Vaccination report Assam 1896-1927 - 1896-1927
Year: 1896
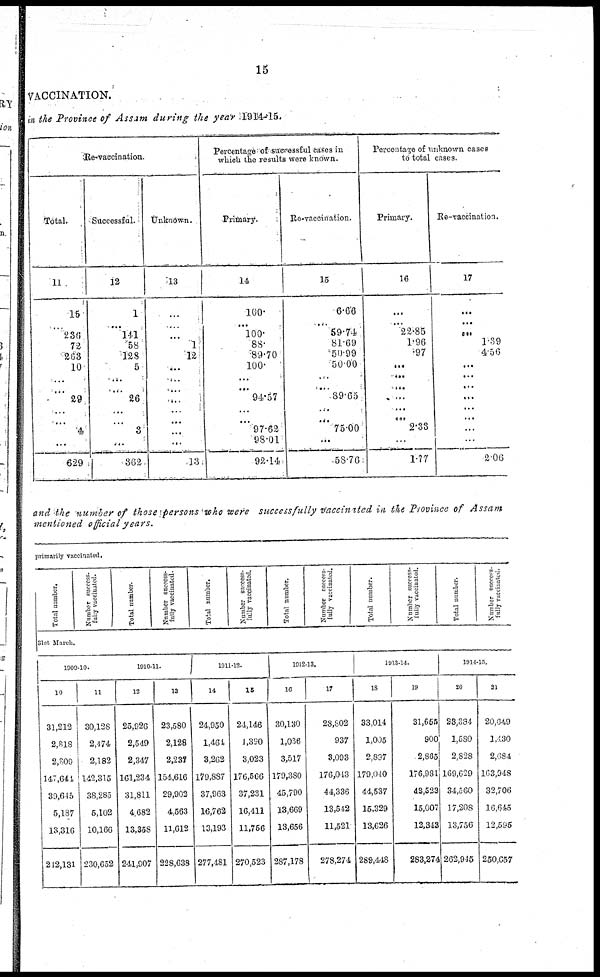
15
VACCINATION.
in the Province of Assam during the year 1914-15.
Re-vaccination.
Total.
11
15
...
236
72
263
10
...
...
29
...
...
4
...
629
Successful.
12
1
...
141
58
128
5
...
...
26
...
...
3
...
362
Unknown.
13
...
...
...
1
12
...
...
...
...
...
...
...
...
13
Percentage of successful Cases in
which the results were known.
Primary.
14
100.
...
100.
88.
89.70
100.
...
...
94.57
...
...
97.62
98.01
92.14
Re-vaccination.
15
6.66
...
59.74
81.69
50.99
50.00
...
...
89.65
...
...
75.00
...
58.76
Percentage of unknown cases
to total cases.
Primary.
16
...
...
22.85
1.96
.97
...
...
...
...
...
...
2.33
...
1.77
Re-vaccination.
17
...
...
...
1.39
4.56
...
...
...
...
...
...
...
...
2.06
and the number of those persons who were successfully vaccinated in the Province of Assam
mentioned official years.
primarily vaccinated.
Total number.
Number success-
fully vaccinated.
Total number.
Number success-
fully vaccinated.
Total number.
Number success-
fully vaccinated.
Total number.
Number success-
fully vaccinated.
Total number.
Number success-
fully vaccinated.
Total number.
Number success-
fully vaccinated.
31st March.
1909-10.
10
31,212
2,818
2,309
147,641
30,645
6,187
13,316
212,131
11
30,128
2,474
2,182
142,315
38,285
5,102
10,166
230,652
1910-11.
12
25,926
2,549
2,347
161,234
31,811
4,682
13,358
241,907
13
23,580
2,128
2,237
154,616
29,902
4,563
11,612
228,638
1911-12.
14
24,950
1,464
3,262
179,887
37,963
16,762
13,193
277,481
15
24,146
1,390
3,023
176,566
37,231
16,411
11,756
270,523
1912-13.
16
30,130
1,036
3,517
179,380
45,790
13,669
13,656
287,178
17
28,802
937
3,093
176,013
44,336
13,542
11,521
278,274
1913-14.
18
33,014
1,005
2,897
179,040
44,537
15,329
13,626
289,448
19
31,655
900
2,865
176,981
43,523
15,007
12,343
283,274
1914-15.
20
23,384
1,580
2,828
169,629
34,500
17,208
13,756
262,945
21
20,649
1,430
2,684
163,948
32,706
16,645
12,595
250,657